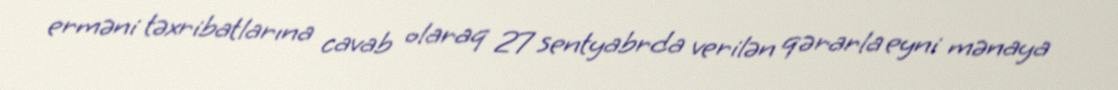
erməni təxribatlarına cavab olaraq 27 sentyabrda verilən qərarla eyni mənaya